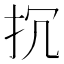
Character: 𢪨